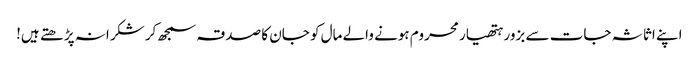
اپنے اثاثہ جات سے بزور ہتھیار محروم ہونے والے مال کو جان کا صدقہ سمجھ کر شکرانہ پڑ ھتے ہیں!